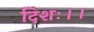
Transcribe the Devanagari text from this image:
दिशः।।